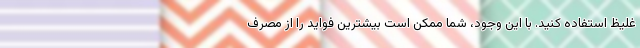
غلیظ استفاده کنید. با این وجود، شما ممکن است بیشترین فواید را از مصرف